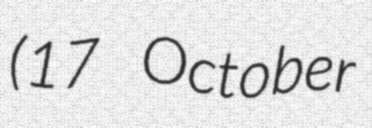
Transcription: (17 October